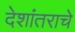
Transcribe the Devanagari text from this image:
देशांतराचे